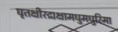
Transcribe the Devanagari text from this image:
घृतक्षीरद्राक्षामधुमधुरिमा